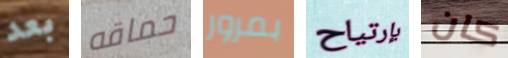
بعد حماقه بمرور بإرتياح كان